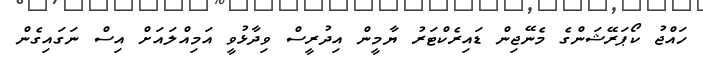
ހައްޖު ކޯޕަރޭޝަންގެ މެނޭޖިން ޑައިރެކްޓަރު ޔާމީން އިދުރީސް ވިދާޅުވީ އަމިއްލައަށް އިސް ނަގައިގެން